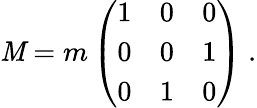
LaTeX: \mathit{M}=m\left(\begin{array}{ccc}{{1}}&{{0}}&{{0}}\\ {{0}}&{{0}}&{{1}}\\ {{0}}&{{1}}&{{0}}\end{array}\right)~.